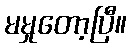
မမှုတော့ပြီ။